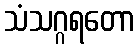
သံသဂ္ဂရတော